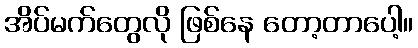
အိပ်မက်တွေလို ဖြစ်နေ တော့တာပေါ့။